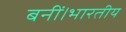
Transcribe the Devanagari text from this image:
बनीं।भारतीय